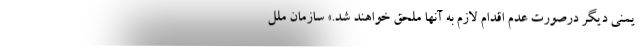
یمنی دیگر درصورت عدم اقدام لازم به آنها ملحق خواهند شد.» سازمان ملل